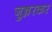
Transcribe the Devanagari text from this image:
जुन्नरकर